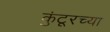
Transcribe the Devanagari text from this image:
कुंटूरच्या